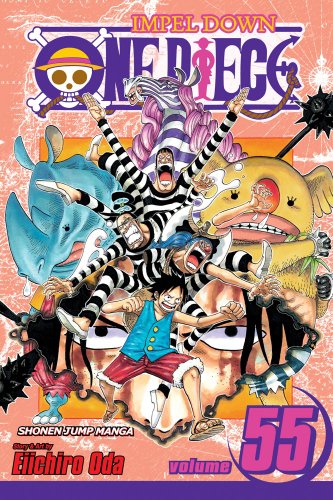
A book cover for One Piece, Vol. 55; Eiichiro Oda; Comics & Graphic Novels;